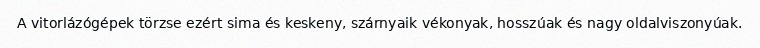
A vitorlázógépek törzse ezért sima és keskeny, szárnyaik vékonyak, hosszúak és nagy oldalviszonyúak.